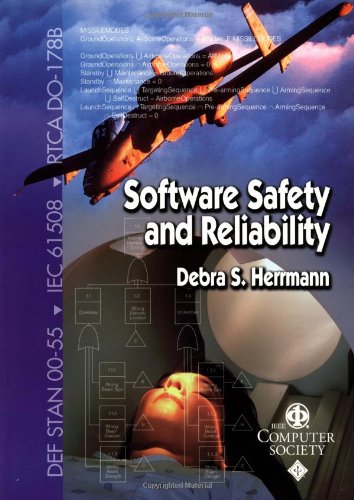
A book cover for Software Safety and Reliability: Techniques, Approaches, and Standards of Key Industrial Sectors; Debra S. Herrmann; Medical Books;